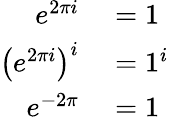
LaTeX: \begin{array}{rl}{e^{2\pi i}}&{{}=1}\\ {\left(e^{2\pi i}\right)^{i}}&{{}=1^{i}}\\ {e^{-2\pi}}&{{}=1}\end{array}